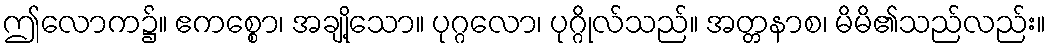
ဤလောက၌။ ဧကစ္စော၊ အချို့သော။ ပုဂ္ဂလော၊ ပုဂ္ဂိုလ်သည်။ အတ္တနာစ၊ မိမိ၏သည်လည်း။